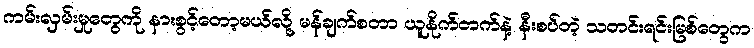
ကမ်းလှမ်းမှုတွေကို နားစွင့်တော့မယ်လို့ မန်ချက်စတာ ယူနိုက်တက်နဲ့ နီးစပ်တဲ့ သတင်းရင်းမြစ်တွေက